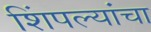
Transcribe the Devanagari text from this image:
शिंपल्यांचा